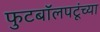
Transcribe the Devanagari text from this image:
फुटबॉलपटूंच्या